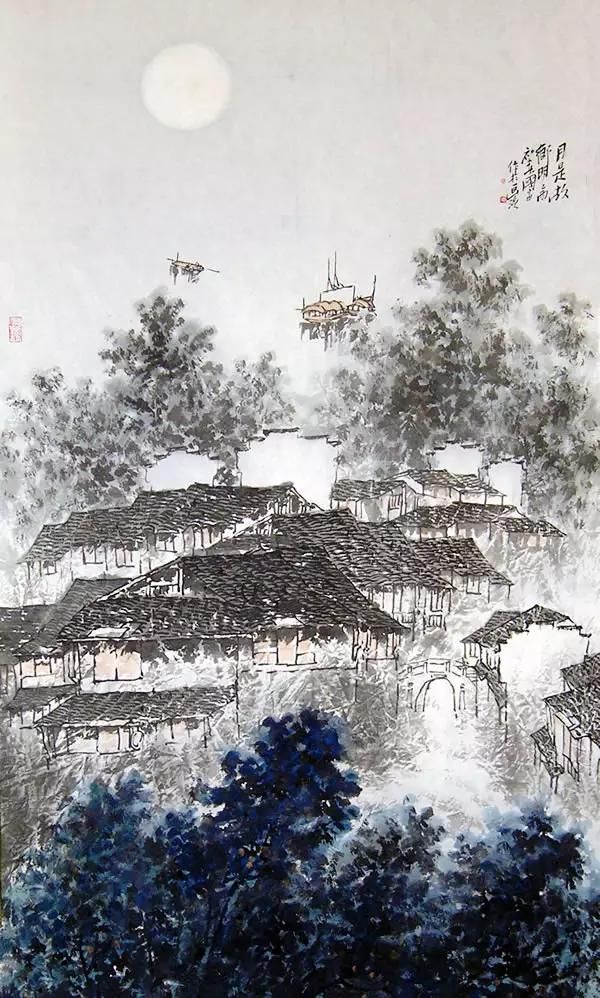
照野弥弥浅浪，横空隐隐层霄。